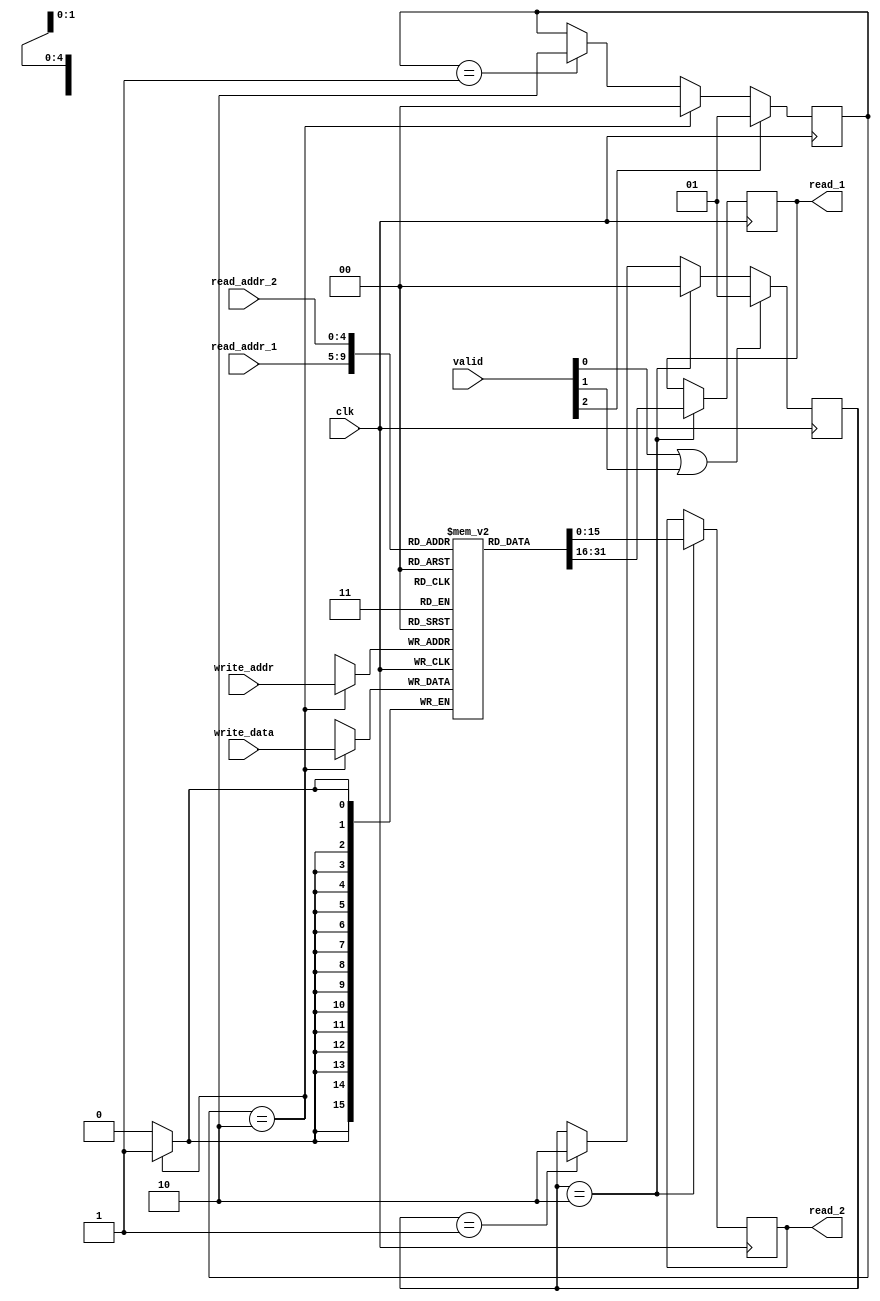
// Module for Register File

module register_file(clk, valid, read_addr_1, read_addr_2, write_addr, write_data, read_1, read_2);

input clk;									// Clock
input [2:0] valid;        					// Indicator for which read/write operation to perform
input [4:0] read_addr_1;
input [4:0] read_addr_2;
input [4:0] write_addr;
input [15:0] write_data;
output reg [15:0] read_1;
output reg [15:0] read_2;

reg [15:0] REGISTER[0:31]; 					//32 16-bit register file
reg [1:0] read_cycles;						//Register to simulate read delay independent of clock
reg [1:0] write_cycles;						//Register to simulate write delay independent of clock

initial
	begin
		read_cycles = 2'b0;
		write_cycles = 2'b0;
		REGISTER[0] = 16'b0; 
		REGISTER[1] = 16'b0; 
		REGISTER[2] = 16'b0; 
		REGISTER[3] = 16'b0; 
		REGISTER[4] = 16'b0; 
		REGISTER[5] = 16'b0; 
		REGISTER[6] = 16'b0; 
		REGISTER[7] = 16'b0; 
		REGISTER[8] = 16'b0; 
		REGISTER[9] = 16'b0; 
		REGISTER[10] = 16'b0; 
		REGISTER[11] = 16'b0; 
		REGISTER[12] = 16'b0; 
		REGISTER[13] = 16'b0; 
		REGISTER[14] = 16'b0; 
		REGISTER[15] = 16'b0; 
		REGISTER[16] = 16'b0; 
		REGISTER[17] = 16'b0; 
		REGISTER[18] = 16'b0; 
		REGISTER[19] = 16'b0; 
		REGISTER[20] = 16'b0; 
		REGISTER[21] = 16'b0; 
		REGISTER[22] = 16'b0; 
		REGISTER[23] = 16'b0; 
		REGISTER[24] = 16'b0; 
		REGISTER[25] = 16'b0; 
		REGISTER[26] = 16'b0; 
		REGISTER[27] = 16'b0; 
		REGISTER[28] = 16'b0; 
		REGISTER[29] = 16'b0; 
		REGISTER[30] = 16'b0; 
		REGISTER[31] = 16'b0; 
	end

	always @(posedge clk)
		begin
			if (read_cycles == 2'b10) 						// 2 clock cycles -- give read output
				begin
					read_1 <= REGISTER[read_addr_1];
					read_2 <= REGISTER[read_addr_2];
					read_cycles <= 2'b00;
					$monitor("Inside Module: Output: Time: %3d, Valid: %b, Read_Address: %b, Read_Output: %b", $time, valid, read_addr_1, read_1);
				end
			else if (read_cycles == 2'b01)					// 1 clock cycle -- update
				begin
					read_cycles <= 2'b10;
				end
			if (write_cycles == 2'b10)						// 2 clock cycles -- give read output
				begin
					REGISTER[write_addr] <= write_data;
					write_cycles <= 2'b00;
				end
			else if (write_cycles == 2'b01) 				// 1 clock cycle -- update
				begin
					write_cycles <= 2'b10;
				end
			if ( valid[0] || valid[1])						// If any read valid bit is active, set read_cycles bit
				begin
					read_cycles <= 2'b01;
				end
			if (valid[2])									// If write valid bit is active, set write_cycles bit
				begin
					write_cycles <= 2'b01;
				end
		end

endmodule